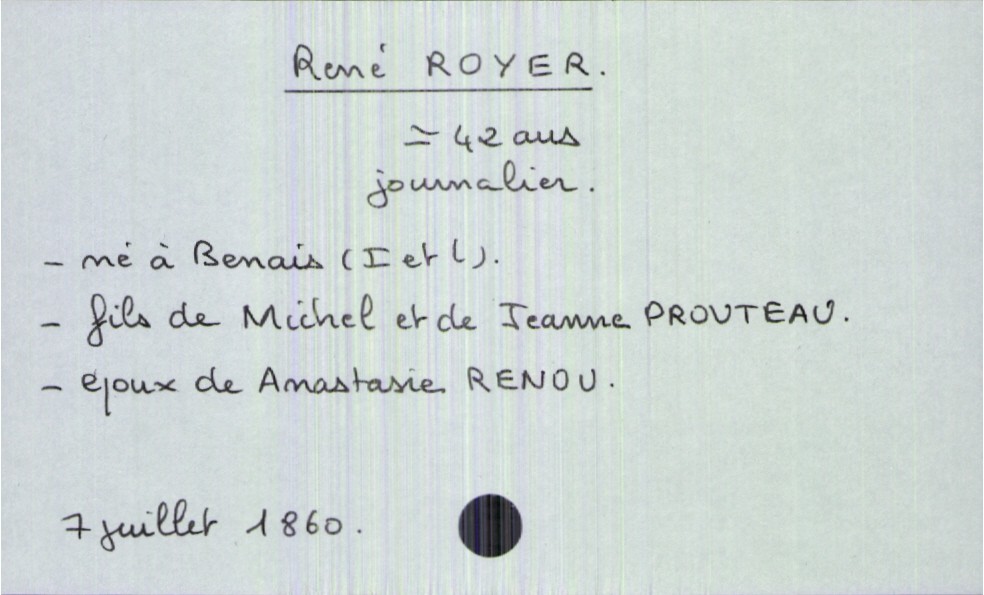
type_acte: Décès
année: 1860
mois: juillet
jour: 7
défunt_nom: Royer
défunt_prénom: René
défunt_sexe: H
défunt_âge: 42 ans
défunt_profession: journalier
défunt_lieu_de_naissance: Benais (Indre et Loire)
défunt_statut: marié(e)
père_défunt_nom: Royer
père_défunt_prénom: Michel
mère_défunt_nom: Prouteau
mère_défunt_prénom: Jeanne